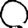
Digit: 0